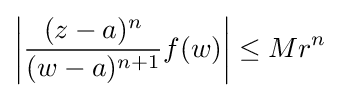
\left|{(z-a)^{n} \over (w-a)^{n+1}}f(w)\right|\leq Mr^{n}